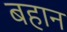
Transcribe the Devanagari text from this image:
बहान